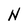
Character: N